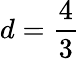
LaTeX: d=\frac 43